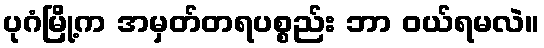
ပုဂံမြို့က အမှတ်တရပစ္စည်း ဘာ ဝယ်ရမလဲ။